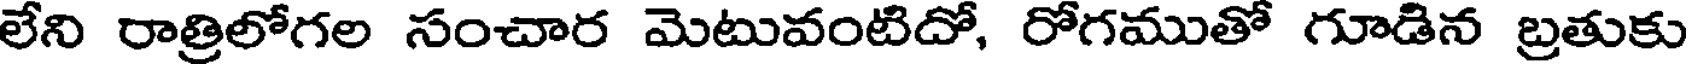
లేని రాత్రిలోగల సంచార మెటువంటిదో, రోగముతో గూడిన బ్రతుకు